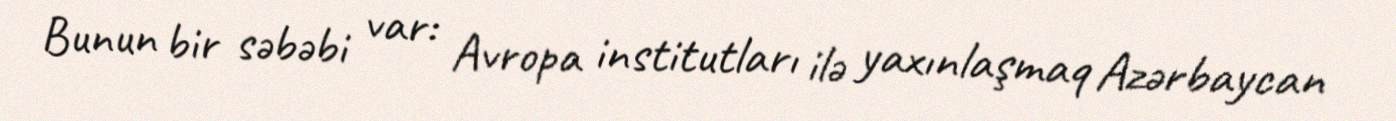
Bunun bir səbəbi var: Avropa institutları ilə yaxınlaşmaq Azərbaycan